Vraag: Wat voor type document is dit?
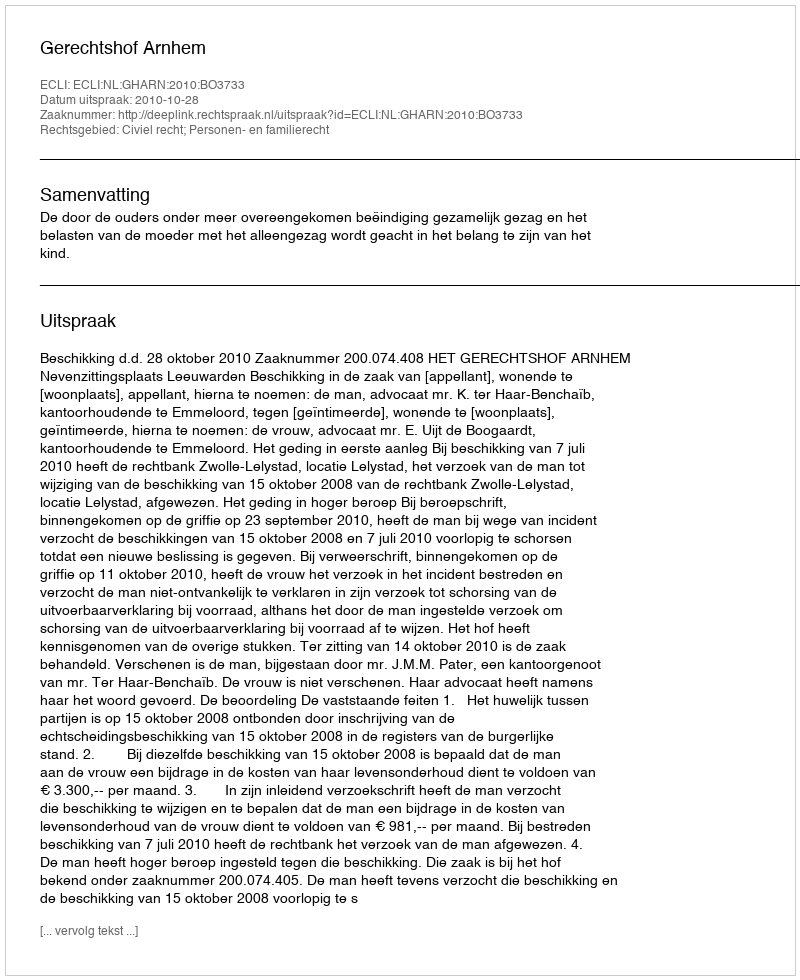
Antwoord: Uitspraak